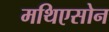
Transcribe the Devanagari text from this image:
मथिएसोन